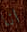
انا